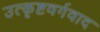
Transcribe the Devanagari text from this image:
उत्कृष्टवर्गवाद